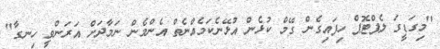
"މިގަޑީގަ ލެޕްޓޮޕް ހިފައިގެން ގޭމް ކުޅެން އުޅޭނެކަމެއްނެތް އެންމެން ނަމާދަށް އަރަންވީ ހިނގާ"